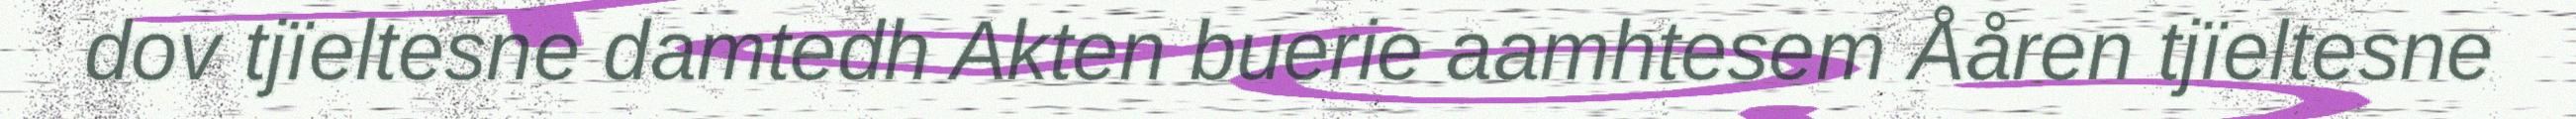
dov tjïeltesne damtedh Akten buerie aamhtesem Ååren tjïeltesne